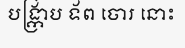
បង្ក្រាប ទ័ព ចោរ នោះ